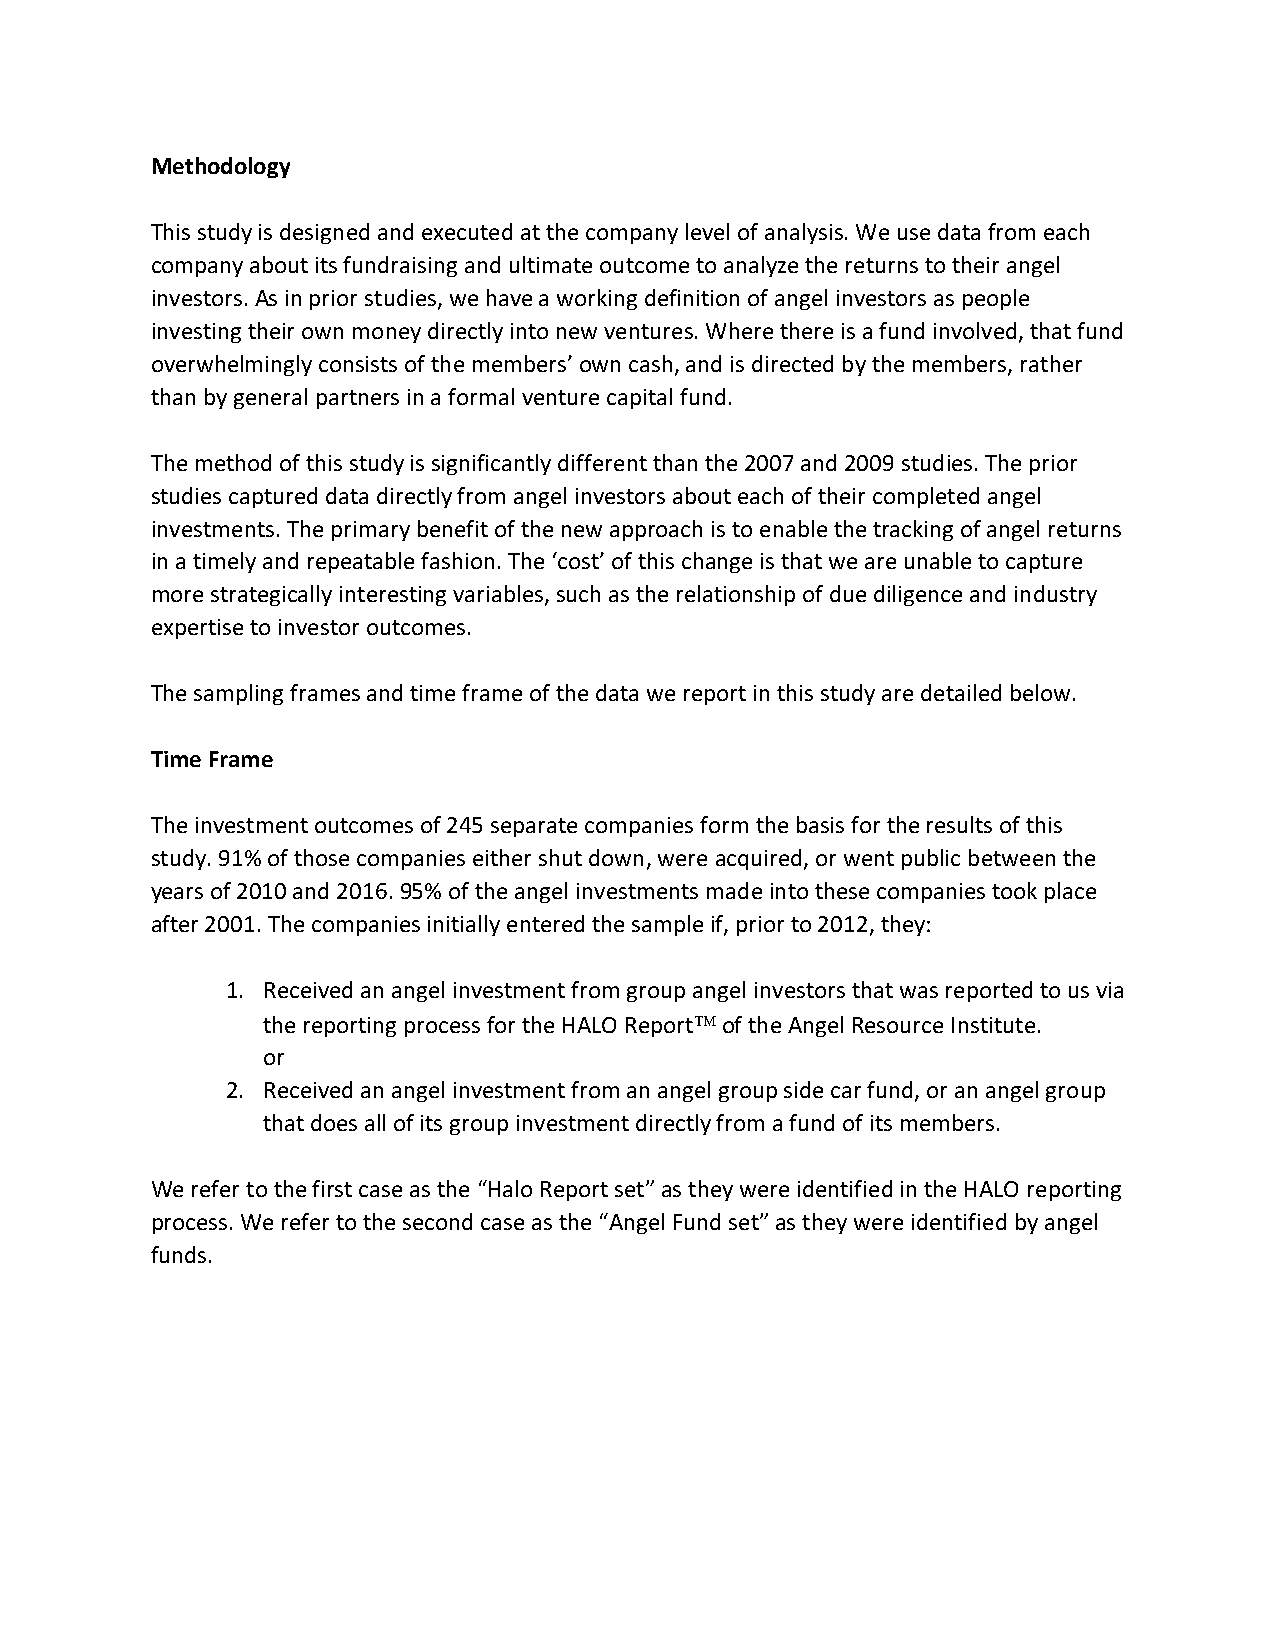
Methodology
 This study is designed and executed at the company level of analysis. We use data from each
 company about its fundraising and ultimate outcome to analyze the returns to their angel
 investors. As in prior studies, we have a working definition of angel investors as people
 investing their own money directly into new ventures. Where there is a fund involved, that fund
 overwhelmingly consists of the members’ own cash, and is directed by the members, rather
 than by general partners in a formal venture capital fund.
 The method of this study is significantly different than the 2007 and 2009 studies. The prior
 studies captured data directly from angel investors about each of their completed angel
 investments. The primary benefit of the new approach is to enable the tracking of angel returns
 in a timely and repeatable fashion. The ‘cost’ of this change is that we are unable to capture
 more strategically interesting variables, such as the relationship of due diligence and industry
 expertise to investor outcomes.
 The sampling frames and time frame of the data we report in this study are detailed below.
 Time Frame
 The investment outcomes of 245 separate companies form the basis for the results of this
 study. 91% of those companies either shut down, were acquired, or went public between the
 years of 2010 and 2016. 95% of the angel investments made into these companies took place
 after 2001. The companies initially entered the sample if, prior to 2012, they:
 1. Received an angel investment from group angel investors that was reported to us via
 the reporting process for the HALO ReportÔ of the Angel Resource Institute.
 or
 2. Received an angel investment from an angel group side car fund, or an angel group
 that does all of its group investment directly from a fund of its members.
 We refer to the first case as the “Halo Report set” as they were identified in the HALO reporting
 process. We refer to the second case as the “Angel Fund set” as they were identified by angel
 funds.